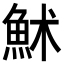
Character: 𩶄